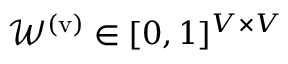
\mathcal { W } ^ { \mathrm { ( v ) } } \in [ 0 , 1 ] ^ { V \times V }